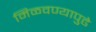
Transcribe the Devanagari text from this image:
मिळवण्यापुढे